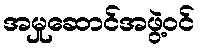
အမှုဆောင်အဖွဲ့ဝင်